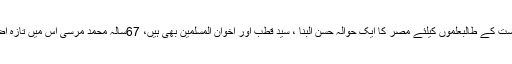
البتہ تاریخ اور سیاست کے طالبعلموں کیلئے مصر کا ایک حوالہ حسن البنا ، سید قطب اور اخوان المسلمین بھی ہیں، 67سالہ محمد مرسی اس میں تازہ اضافہ گردانا جائیگا۔